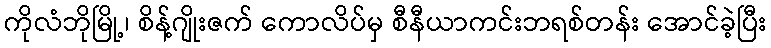
ကိုလံဘိုမြို့၊ စိန့်ဂျိုးဇက် ကောလိပ်မှ စီနီယာကင်းဘရစ်တန်း အောင်ခဲ့ပြီး